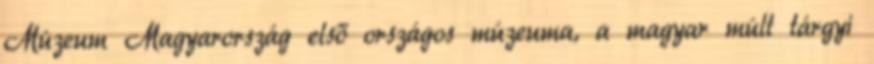
Múzeum Magyarország első országos múzeuma, a magyar múlt tárgyi